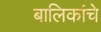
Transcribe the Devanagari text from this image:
बालिकांचे